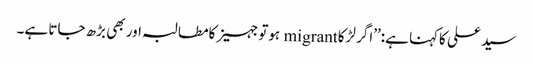
سید علی کاکہنا ہے:’’اگر لڑکا migrant ہوتوجہیزکامطالبہ اور بھی بڑھ جاتا ہے۔